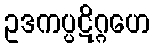
ဥဒကပ္ပဋိဂ္ဂဟေ